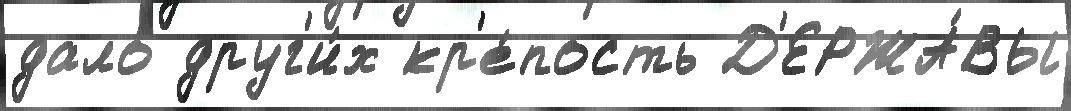
дало друг'и́х кр'е́пость Д'ЕРЖА́ВЫ